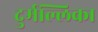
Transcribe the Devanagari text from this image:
दुर्मल्लिका